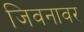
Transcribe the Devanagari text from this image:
जिवनावर